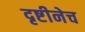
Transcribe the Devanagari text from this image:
दृष्टीनेच